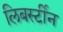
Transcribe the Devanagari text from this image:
लिबर्स्टीन